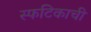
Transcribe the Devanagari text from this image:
स्फटिकाची